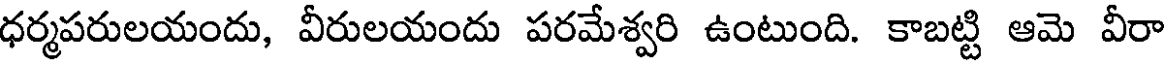
ధర్మపరులయందు, వీరులయందు పరమేశ్వరి ఉంటుంది. కాబట్టి ఆమె వీరా